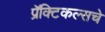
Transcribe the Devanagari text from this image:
प्रॅक्टिकल्सचे